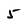
Character: 5